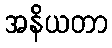
အနိယတာ